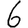
Digit: 6